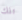
تلك